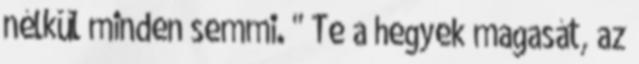
nélkül minden semmi. " Te a hegyek magasát, az